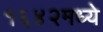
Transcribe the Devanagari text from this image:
१६४२मध्ये